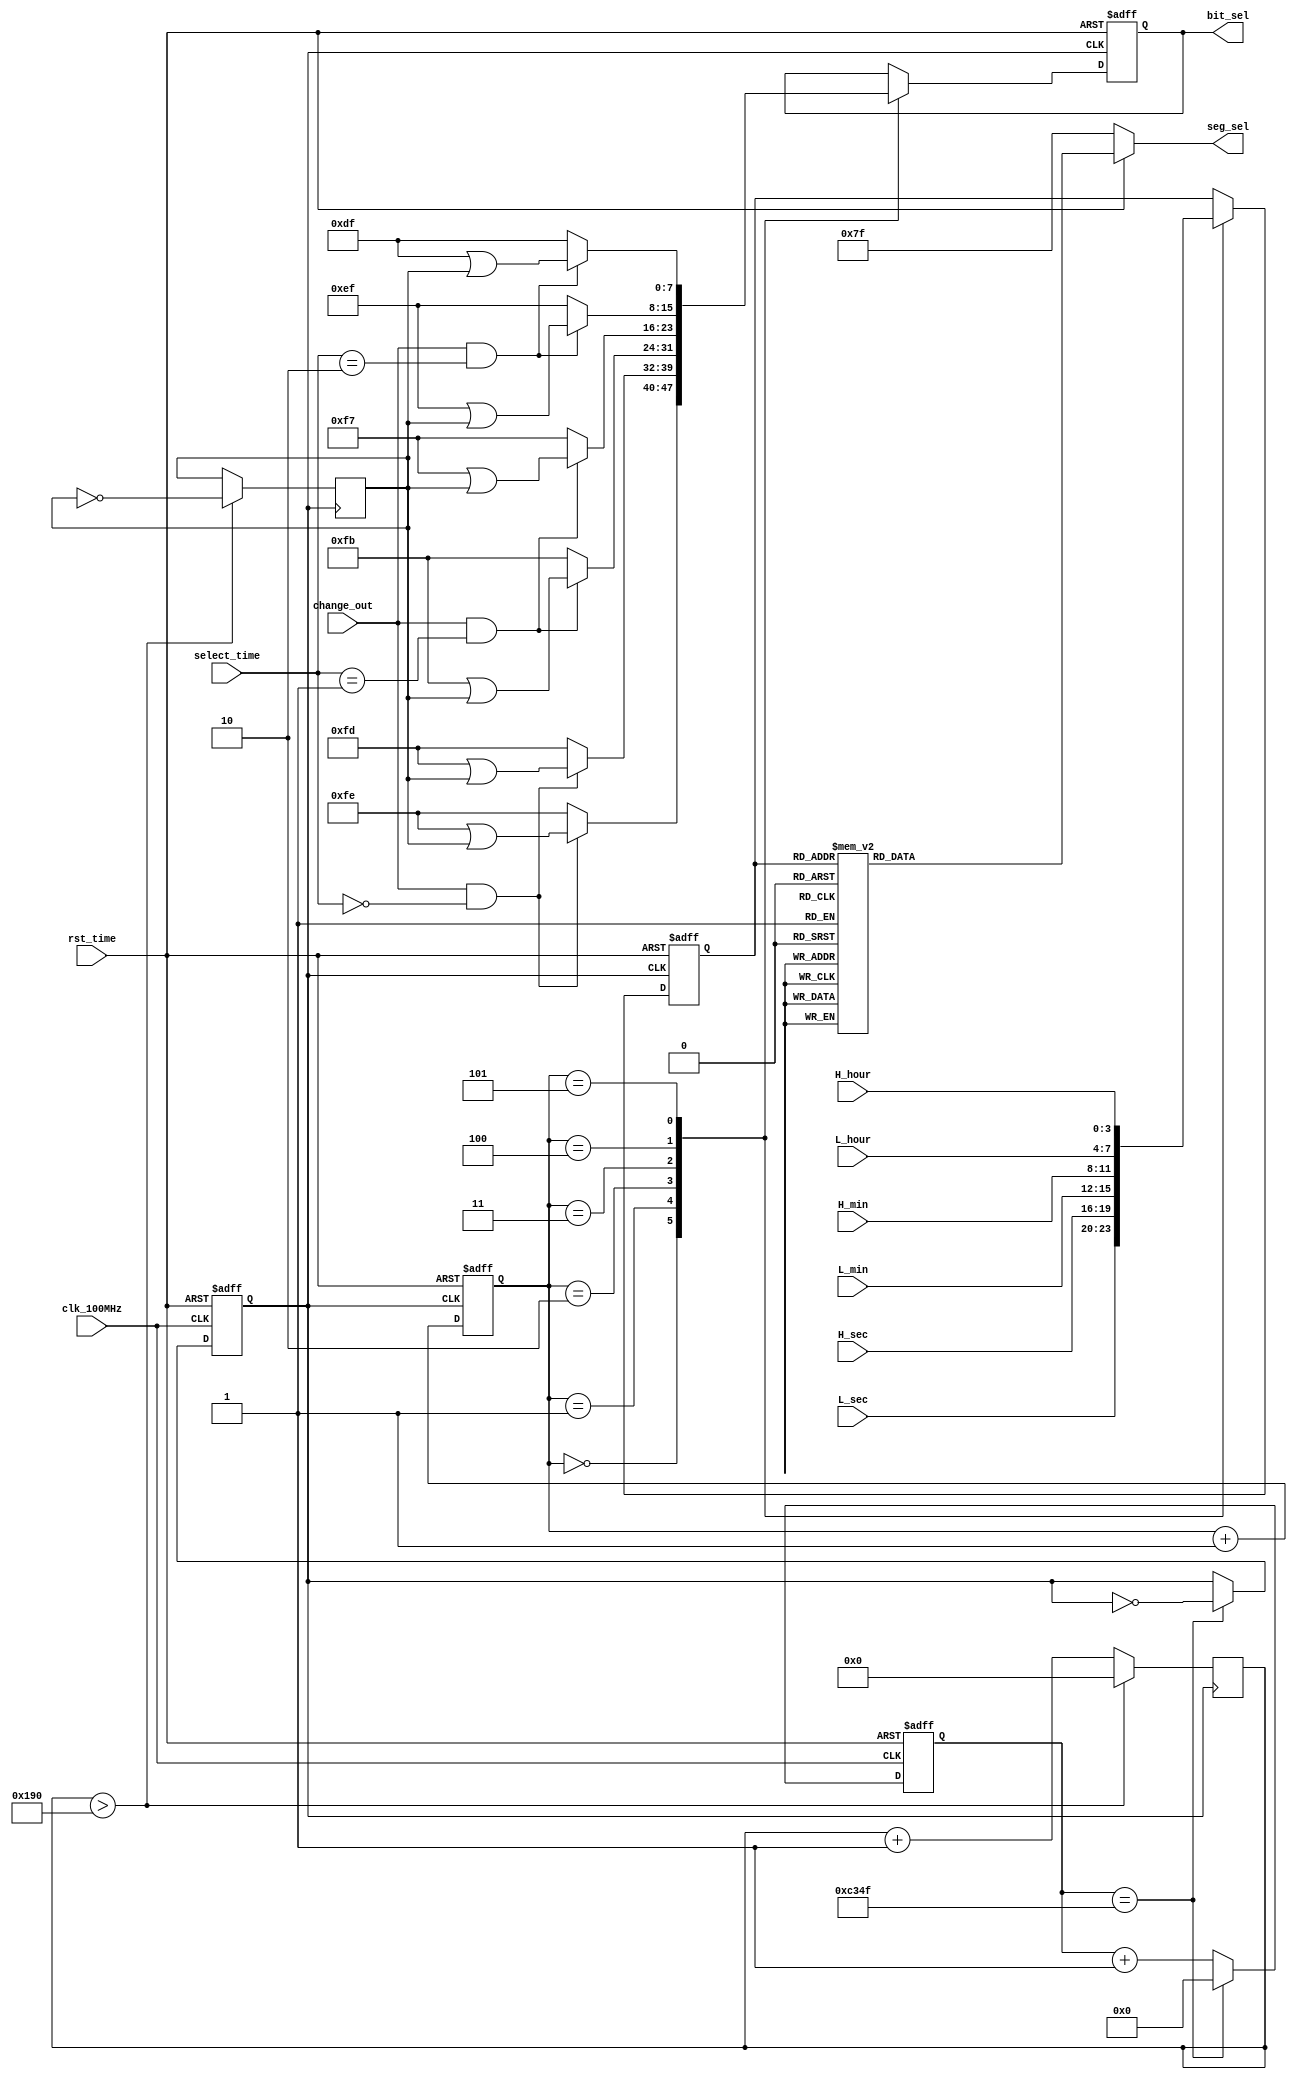
`timescale 1ns / 1ps
//////////////////////////////////////////////////////////////////////////////////
// Company: 
// Engineer: 
// 
// Design Name: 
// Module Name: Display_clock_state
// Project Name: 
// Target Devices: 
// Tool Versions: 
// Description: 
// 
// Dependencies: 
// 
// Revision:
// Revision 0.01 - File Created
// Additional Comments:
// 
//////////////////////////////////////////////////////////////////////////////////
//
module Display_clock_state(
    input clk_100MHz,
    input rst_time,
    input [3:0] L_sec,           
    input [3:0] H_sec,           
    input [3:0] L_min,           
    input [3:0] H_min,           
    input [3:0] L_hour,          
    input [3:0] H_hour,
    input [1:0] select_time,
    input change_out,
     //
    output reg [7:0] bit_sel,
    //
    output [6:0] seg_sel           
    );
    //10
    reg clk_1000Hz;
    parameter fresh_N = 10_0000;      //100MHz1000Hz
    reg [23:0] count;
      //
      always @ (posedge clk_100MHz, negedge rst_time)
      begin
          if(!rst_time)
          begin
              count <= 0; 
              clk_1000Hz <= 0;
          end
          else if(count == fresh_N/2 - 1)
          begin
              count <= 0;
              clk_1000Hz <= ~clk_1000Hz;
          end
          else
              count <= count + 1;
      end    
    
    
    //
    reg [2:0] seg_count;    //
    reg [3:0] num_disp;     //
    parameter ZERO = 7'b1000000, ONE = 7'b1111001, TWO = 7'b0100100, THREE = 7'b0110000, FOUR = 7'b0011001,
                  FIVE = 7'b0010010, SIX = 7'b0000010, SEVEN = 7'b1111000, EIGHT = 7'b0000000, NINE = 7'b0010000;//
    parameter bit_H_hour = 8'b11011111, bit_L_hour = 8'b11101111, bit_H_min = 8'b11110111, bit_L_min = 8'b11111011, bit_H_sec = 8'b11111101, bit_L_sec = 8'b11111110;
    //
    parameter twinkle_second = 8'b1111_1100, twinkle_minute = 8'b1111_0011, twinkle_hour = 8'b1100_1111;
    reg [6:0] seg_sel_reg;
    reg [7:0] bit_sel_temp = 8'b1111_1111;
    
    reg [9:0] ms_count = 0;
    always @ (posedge clk_1000Hz)           //400ms
    begin
        if(ms_count > 400)
        begin
            bit_sel_temp <= ~ bit_sel_temp;
            ms_count <= 0;
        end
        else
            ms_count <= ms_count + 1;
    end
    
    always @ (posedge clk_1000Hz,negedge rst_time)
    begin
        if(!rst_time)
        begin
            bit_sel <= 8'b11111111;
            seg_count <= 0;
            num_disp <= 0;
        end
        else
        begin    
            case(seg_count)
                3'b000: 
                begin
                    num_disp <= L_sec;
                    if(change_out && select_time == 0)
                        bit_sel <= bit_L_sec | bit_sel_temp;
                    else
                        bit_sel <= bit_L_sec;
                end
                3'b001:
                begin
                    num_disp <= H_sec;
                    if(change_out && select_time == 0)
                        bit_sel <= bit_H_sec | bit_sel_temp;
                    else
                        bit_sel <= bit_H_sec;                    
                end
                3'b010: 
                begin
                    num_disp <= L_min;
                    if(change_out && select_time == 1)
                        bit_sel <= bit_L_min | bit_sel_temp;
                    else
                        bit_sel <= bit_L_min;                    
                end
                3'b011: 
                begin
                    num_disp <= H_min;
                    if(change_out && select_time == 1)
                        bit_sel <= bit_H_min | bit_sel_temp;
                    else
                        bit_sel <= bit_H_min;                    
                end
                3'b100:
                begin
                    num_disp <= L_hour;   
                    if(change_out && select_time == 2)
                        bit_sel <= bit_L_hour | bit_sel_temp;
                    else
                        bit_sel <= bit_L_hour;                    
                end
                3'b101:
                begin
                    num_disp <= H_hour;
                    if(change_out && select_time == 2)
                        bit_sel <= bit_H_hour | bit_sel_temp;
                    else
                        bit_sel <= bit_H_hour;                           
                end
                default:
                    seg_count <= 0;
         endcase
         seg_count <= seg_count + 1;
         end
    end
    
    always @ (num_disp)
    begin
         case(num_disp)
            0 : seg_sel_reg <= ZERO;
            1 : seg_sel_reg <= ONE;
            2 : seg_sel_reg <= TWO;
            3 : seg_sel_reg <= THREE;
            4 : seg_sel_reg <= FOUR;
            5 : seg_sel_reg <= FIVE;
            6 : seg_sel_reg <= SIX;
            7 : seg_sel_reg <= SEVEN;
            8 : seg_sel_reg <= EIGHT;
            9 : seg_sel_reg <= NINE;
            default:
                seg_sel_reg <= ZERO;
         endcase    
    end
    
assign seg_sel = rst_time ? seg_sel_reg: 7'b1111111;
endmodule